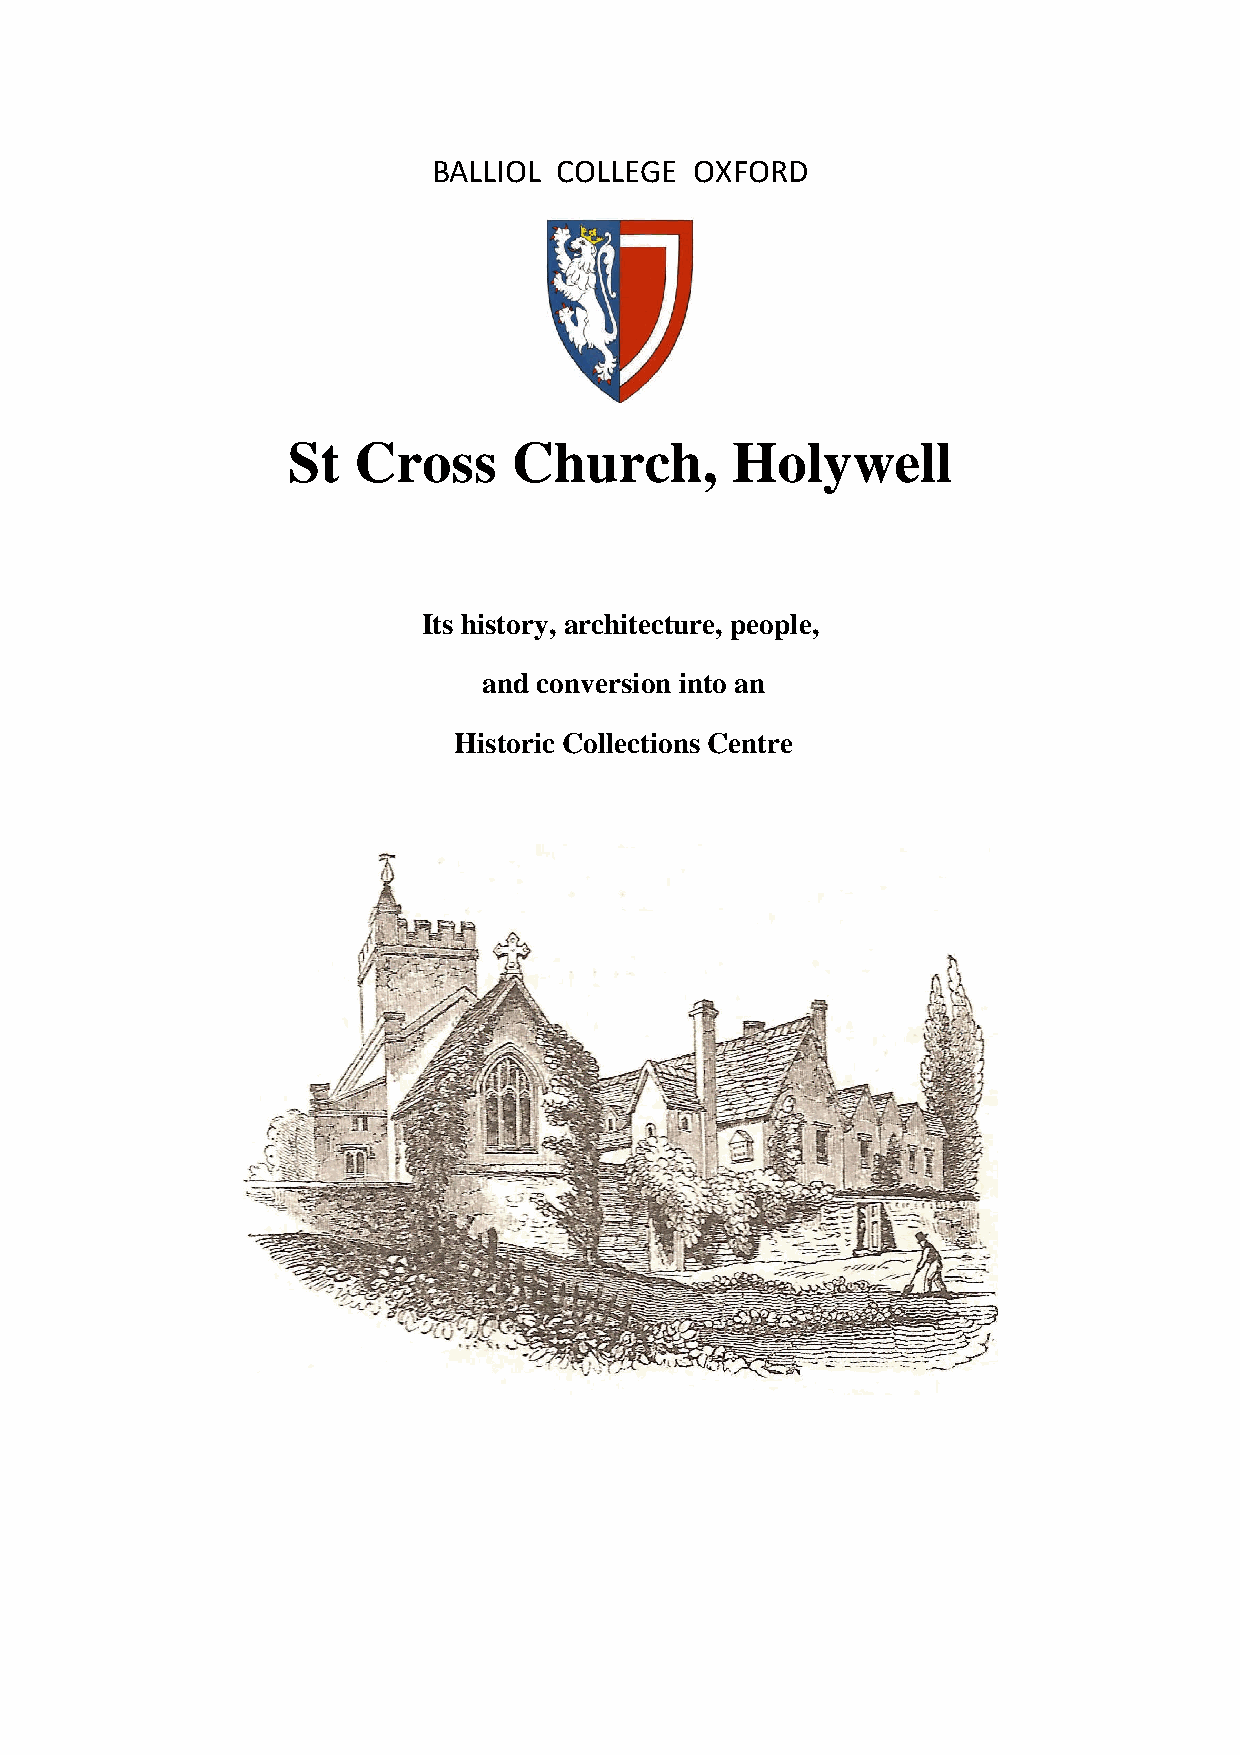
BALLIOL COLLEGE  OXFORD
 St  Cross      Church,       Holywell
 Its history, architecture, people,
 and conversion into an
 Historic Collections Centre